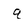
Character: q